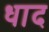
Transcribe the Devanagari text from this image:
धाद